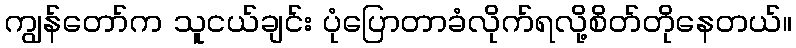
ကျွန်တော်က သူငယ်ချင်း ပုံပြောတာခံလိုက်ရလို့စိတ်တိုနေတယ်။